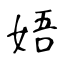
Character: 娪